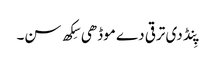
پِنڈ دی ترقی دے موڈھی سِکھ سن۔